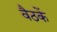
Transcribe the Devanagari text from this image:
वैठकें